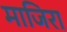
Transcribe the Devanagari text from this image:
माजिरा